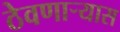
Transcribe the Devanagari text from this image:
ठेवणाऱ्यास